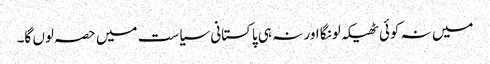
میں نہ کوئی ٹھیکہ لونگا اور نہ ہی پاکستانی سیاست میں حصہ لوں گا۔